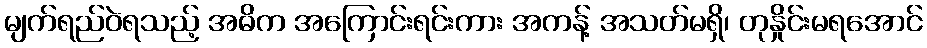
မျက်ရည်ဝဲရသည့် အဓိက အကြောင်းရင်းကား အကန့် အသတ်မရှိ၊ တုနှိုင်းမရအောင်